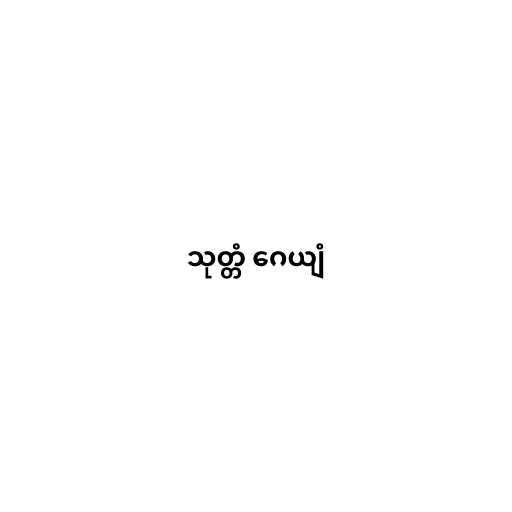
သုတ္တံ ဂေယျံ